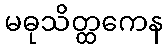
မဓုသိတ္ထကေန